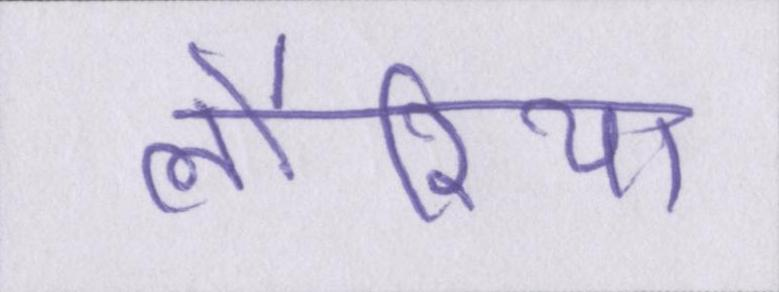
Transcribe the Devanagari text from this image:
लौरिया